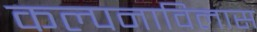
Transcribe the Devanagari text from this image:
कल्पनाविलास